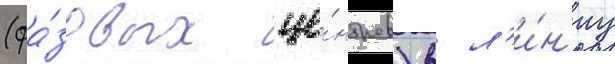
(фа́зовых це́нтров) в л'и́н'иу